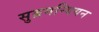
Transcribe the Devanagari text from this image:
सुब्रमन्यियन